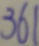
3 6 1